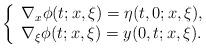
LaTeX: \begin{align*} \left\{\begin{array}{l}\nabla_x\phi(t;x,\xi)=\eta(t,0;x,\xi), \\\nabla_\xi\phi(t;x,\xi)=y(0,t;x,\xi).\end{array}\right.\end{align*}